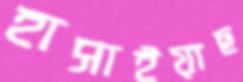
হাসাইয়াছ